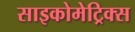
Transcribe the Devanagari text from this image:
साइकोमेट्रिक्स